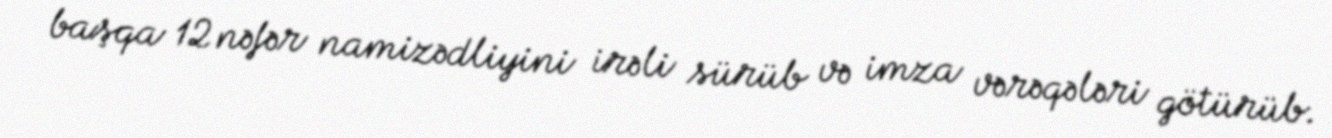
başqa 12 nəfər namizədliyini irəli sürüb və imza vərəqələri götürüb.